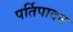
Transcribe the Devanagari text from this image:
पर्तिपादन